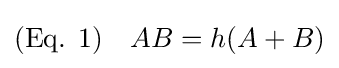
{\text{(Eq. 1)}}\quad AB=h(A+B)